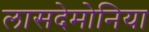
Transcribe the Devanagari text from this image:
लासदेमोनिया